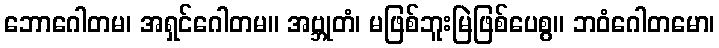
ဘောဂေါတမ၊ အရှင်ဂေါတမ။ အဗ္ဘုတံ၊ မဖြစ်ဘူးမြဲဖြစ်ပေစွ။ ဘဝံဂေါတမော၊